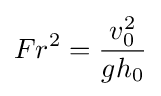
Fr^{2}={v_{0}^{2} \over gh_{0}}